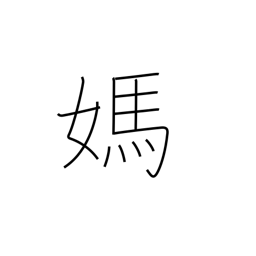
Meaning: mare